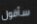
سأقول